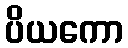
ပိယကော